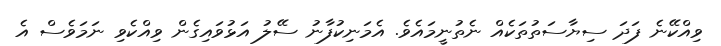
ވިއްކޭނެ ފަދަ ސިޔާސަތުތަކެއް ނެތުނީމައެވެ. އެމަނިކުފާނު ސޭލު އަޅުވައިގެން ވިއްކެވި ނަމަވެސް އެ